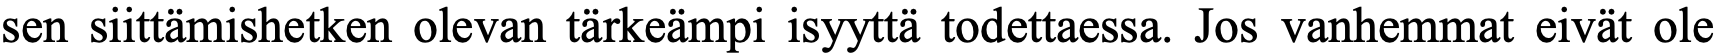
sen siittämishetken olevan tärkeämpi isyyttä todettaessa. Jos vanhemmat eivät ole